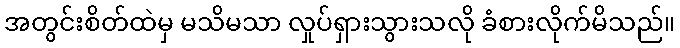
အတွင်းစိတ်ထဲမှ မသိမသာ လှုပ်ရှားသွားသလို ခံစားလိုက်မိသည်။